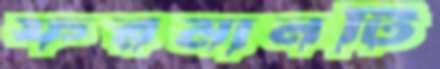
ফরমানটি